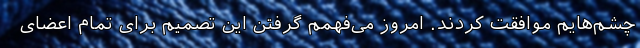
چشم‌هایم موافقت کردند. امروز می‌فهمم گرفتن این تصمیم‌ برای تمام اعضای